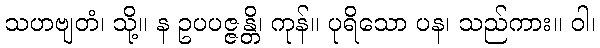
သဟဗျတံ၊ သို့။ န ဥပပဇ္ဇန္တိ၊ ကုန်။ ပုရိသော ပန၊ သည်ကား။ ဝါ၊